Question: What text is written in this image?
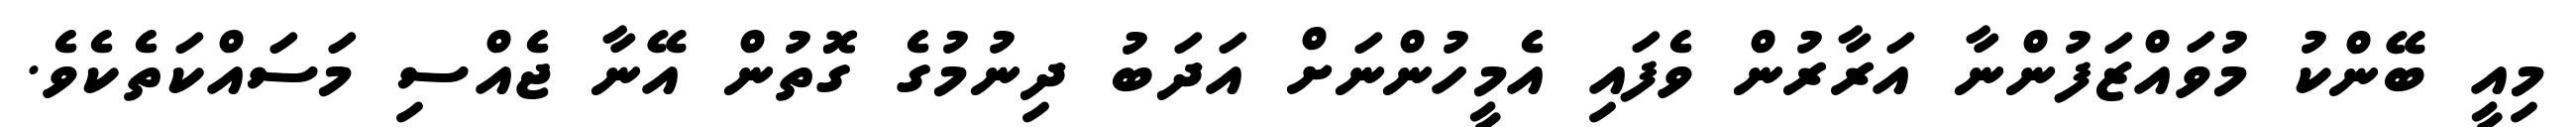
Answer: މިއީ ބޭންކު މުވައްޒަފުންނާ އަރާރުން ވެފައި އެމީހުންނަށް އަދަބު ދިނުމުގެ ގޮތުން އޭނާ ޖެއްސި މަސައްކަތެކެވެ.